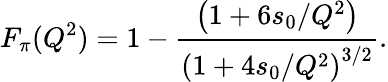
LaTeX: F_{\pi}(Q^{2})=1-{\frac{\left(1+6s_{0}/Q^{2}\right)}{\left(1+4s_{0}/Q^{2}\right)^{3/2}}}.